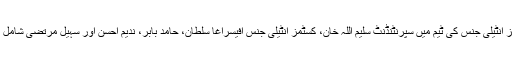
کسٹمز انٹیلی جنس کی ٹیم میں سپرنٹنڈنٹ سلیم اللہ خان، کسٹمز انٹیلی جنس آفیسرآغا سلطان، حامد بابر، ندیم احسن اور سہیل مرتضیٰ شامل تھے۔